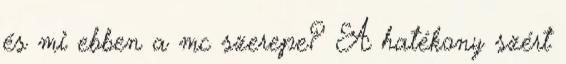
és mi ebben a mc szerepe? A hatékony szért